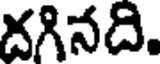
దగినది.